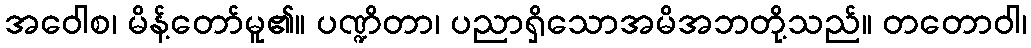
အဝေါစ၊ မိန့်တော်မူ၏။ ပဏ္ဍိတာ၊ ပညာရှိသောအမိအဘတို့သည်။ တတောဝါ၊